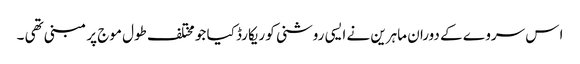
ا س سروے کے دوران ماہرین نے ایسی روشنی کو ریکارڈ کیا جو مختلف طول موج پر مبنی تھی ۔